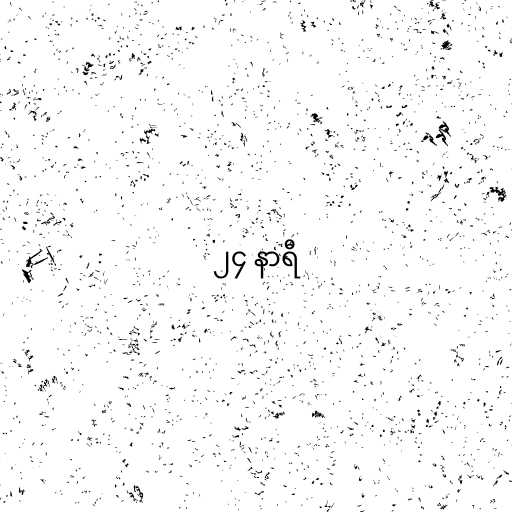
၂၄ နာရီ